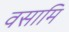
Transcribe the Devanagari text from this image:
वसामि